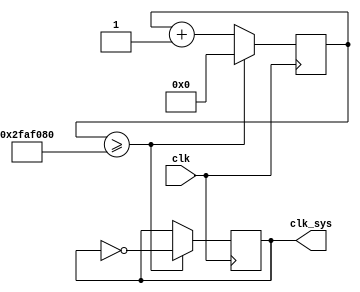
`timescale 1ns / 1ps
//////////////////////////////////////////////////////////////////////////////////
// Company: 
// Engineer: 
// 
// Design Name: 
// Module Name: clock_div
// Project Name: 
// Target Devices: 
// Tool Versions: 
// Description: 
// 
// Dependencies: 
// 
// Revision:
// Revision 0.01 - File Created
// Additional Comments:
// 
//////////////////////////////////////////////////////////////////////////////////


module clock_div(
input clk, //100MHz 
output reg clk_sys = 0 //1Hz 0 );
);

reg [25:0]  div_counter = 0;
 always @(posedge clk) begin
 if(div_counter>=50000000) begin //   
 // if(div_counter>=50000000) begin //   
 clk_sys <= ~clk_sys; //  
div_counter <= 0; 
end else begin 
div_counter <= div_counter + 1; 
end
 end
endmodule